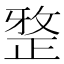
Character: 𭣼